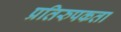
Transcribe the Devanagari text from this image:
प्रतिरुपकता